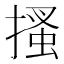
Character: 搔